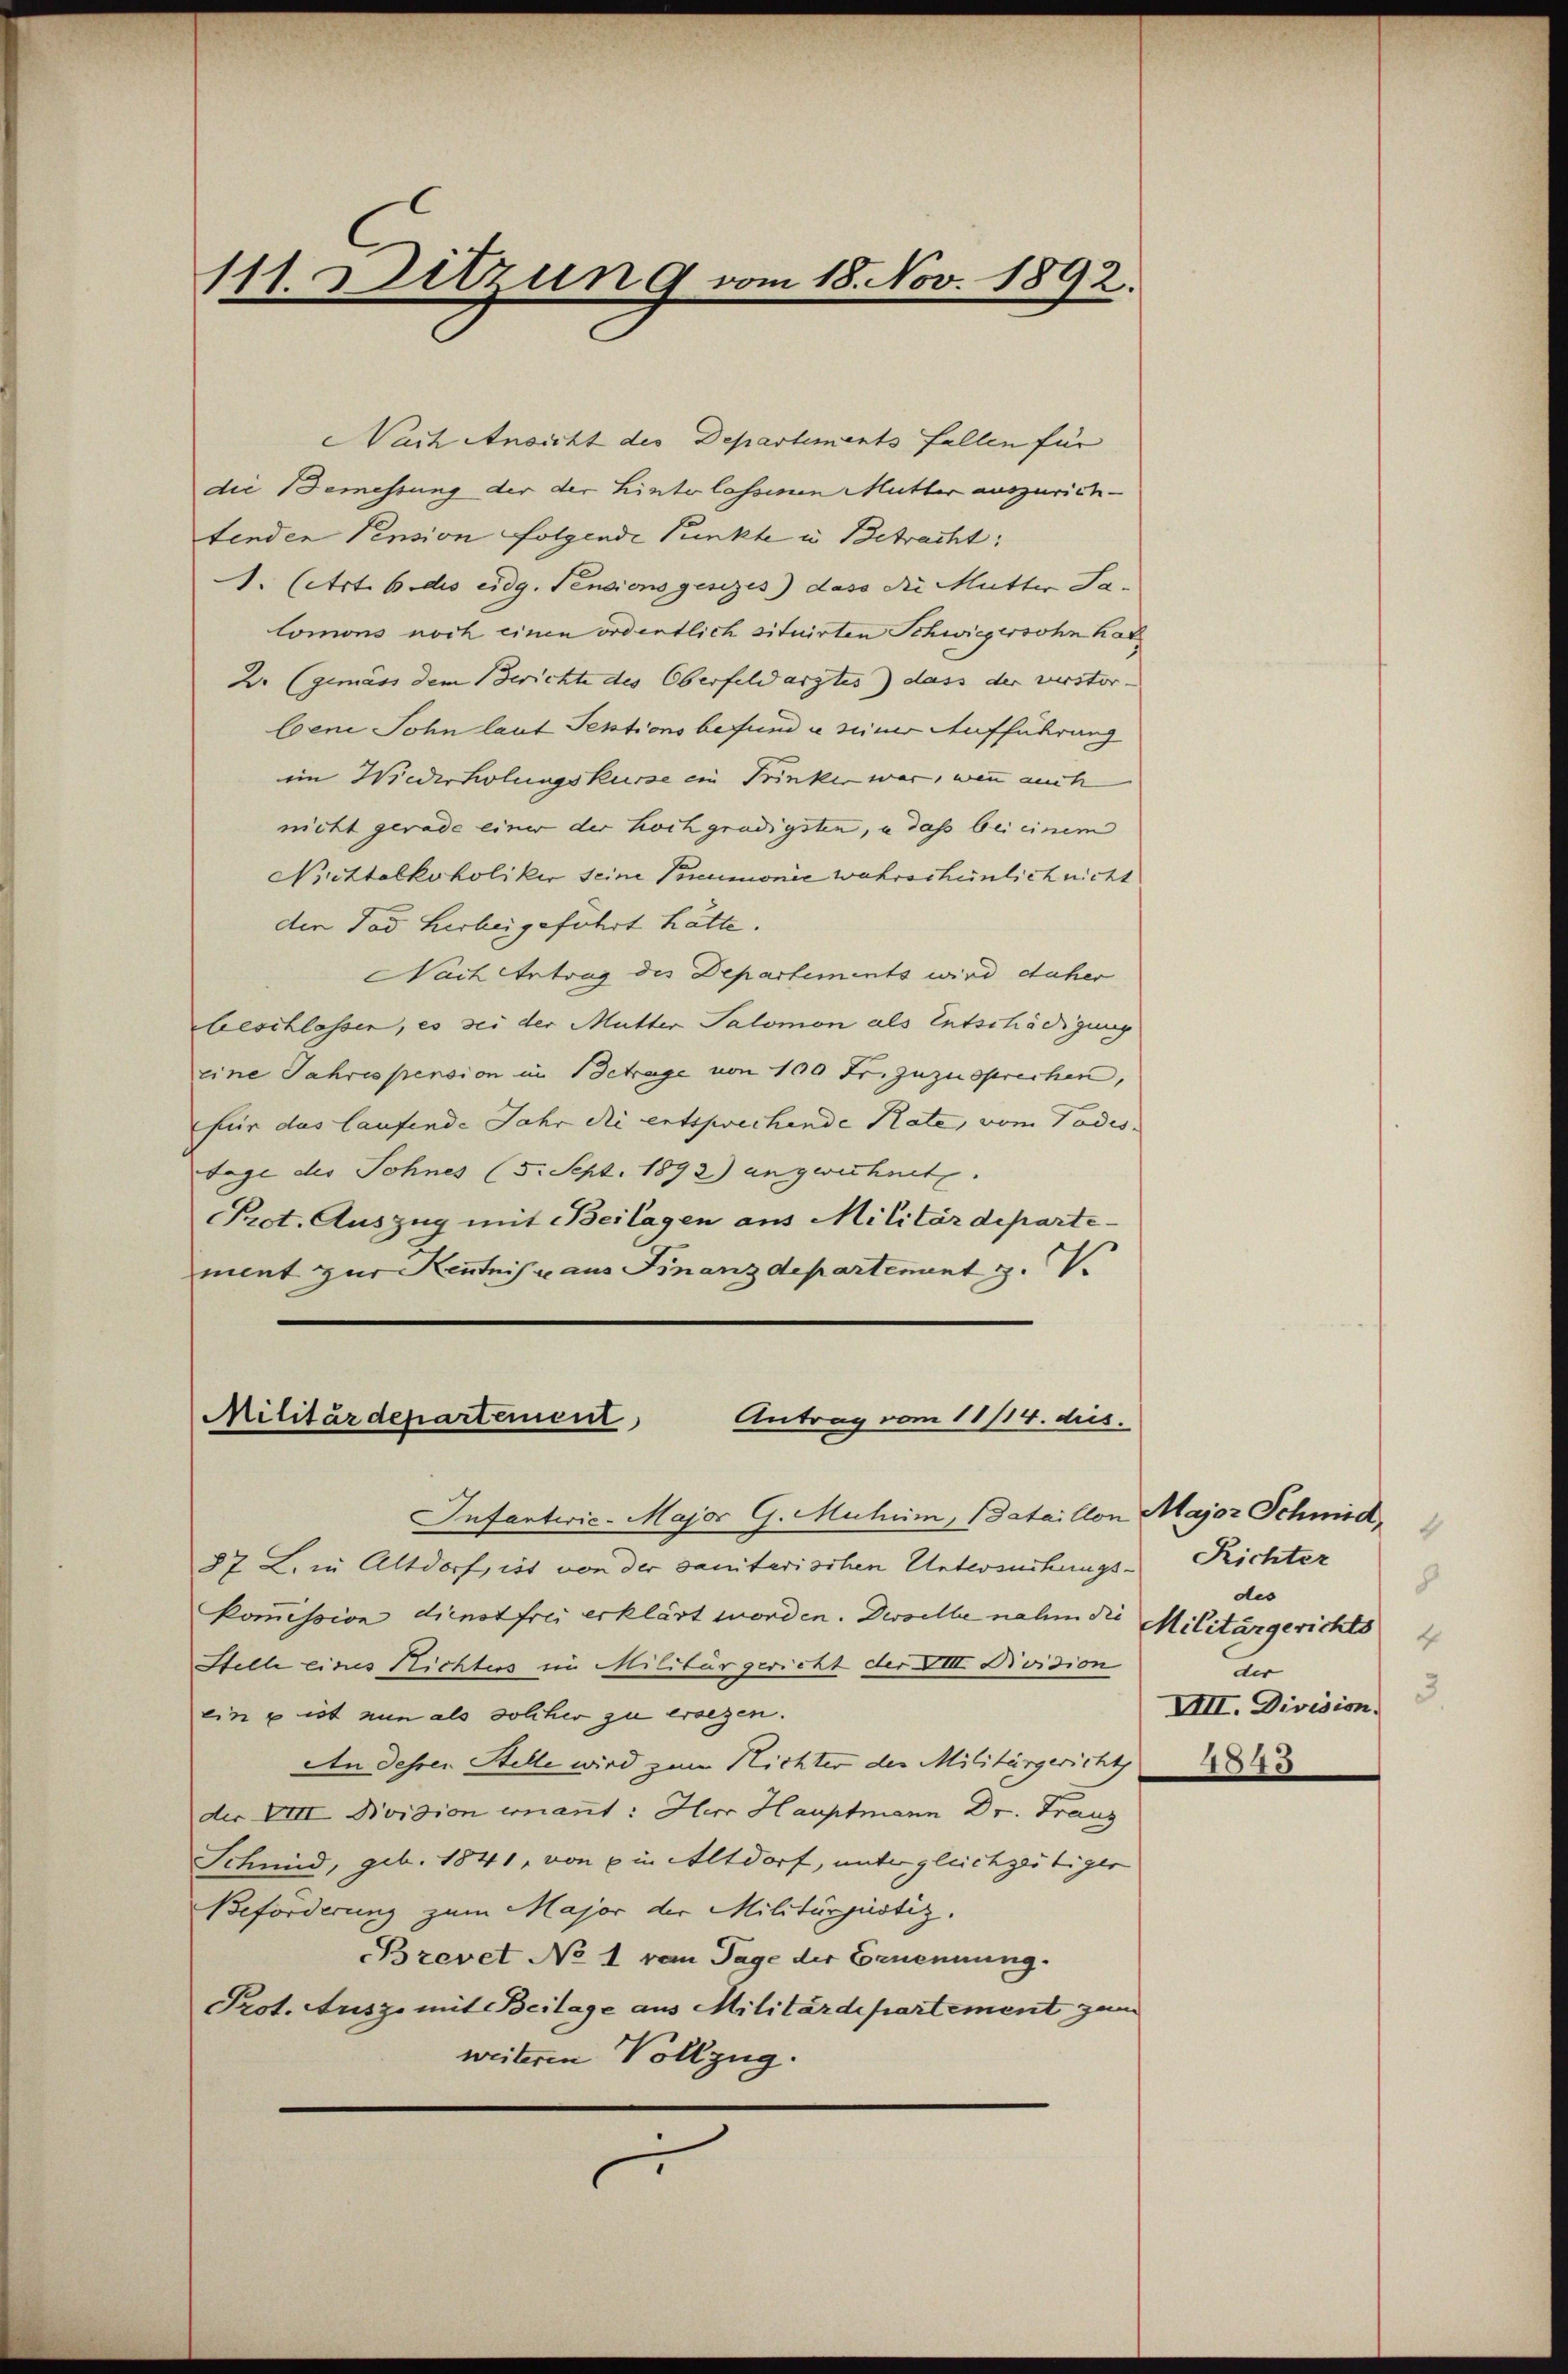
111. Ditzung vom 18. Nov. 1892.

Nach Ansicht des Departements fallen für
die Bemessung der der Linter lassenen Mutter auszurichtenden Pension folgende Punkte u. Betracht:
A. (Art. 6 des eidg. Pensionsgesezes) dass die Mutter Salomons noch einen ordentlich situirten Schwiegersohn hat
2. (gemäss dem Berichte des Oberfeldarztes) dass der verstor- |
bene Sohn laut Sektions befund u. seiner Aufführung
im Wiederholungskurse ein Trinken war, wenn auch
nicht gerade einer der Koch gradigsten, u das bei einem
Mittelkoholiker seine Pneumonie wahrscheinlich nicht
den Tod herbeigeführt hätte.
Nach Antrag des Departements wird daher
beschlassen, es sei der Mutter Salomon als Entschädigung
eine Jahrespension in Betrage von 100 Fr. zuzusprechen,
für das laufende Jahr die entsprechende Rate, vom Todes
Tage des Sohnes (5. Sept. 1892) angerechnet.
Prot. Auszug mit Beilagen aus Militärdepartement zur Kenntnisse aus Finanzdepartement z.

Militärdepartement
Antrag vom 18/14. dies

Infanterie-Major G. Muheim, Bataillon
87 L. in Altdorf, ist von der sanitarischen Untersuchungskomission dienstfrei erklärt worden. Derselbe nahm die
Stelle eines Richters ein Militärgericht der VIII Noidion
ein u ist nun als solcher zu ersezen.
An dessen Stelle wird zum Nichter der Militärgericht
der VIII. Division ernannt: Herr Hauptmann Dr. Franz
Schmid, geb. 1841, von ein Altdorf, unter gleichzeitiger
Beforderung zum Major der Militärjustiz.
Brevet No 1 vom Tage der Ernennung.
Prot. Ausz mit Beilage aus Militärdepartement zum
weiteren Vollzug.
.

Major Schmid,
4
Richter
8
des
Militärgerichts
4
der
3
VIII. Division.
4843